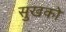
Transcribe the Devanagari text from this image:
सुखको